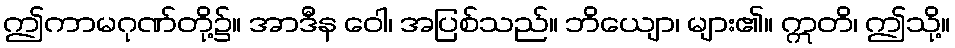
ဤကာမဂုဏ်တို့၌။ အာဒီန ဝေါ၊ အပြစ်သည်။ ဘိယျော၊ များ၏။ ဣတိ၊ ဤသို့။